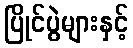
ပြိုင်ပွဲများနှင့်